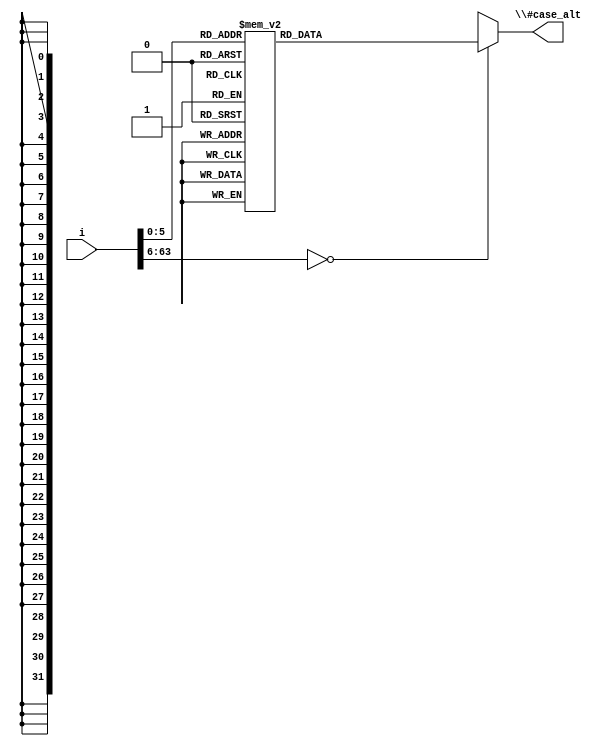
/* AUTOMATICALLY GENERATED VERILOG-2001 SOURCE CODE.
** GENERATED BY CLASH 0.99. DO NOT MODIFY.
*/
module Sha256_Component
    ( // Inputs
      input signed [63:0] i 


      // Outputs
    , output reg [31:0] \#case_alt  
    );
  wire signed [63:0] ds65;
  wire [31:0] \#case_alt_sel_alt_res ;
  wire [31:0] \#case_alt_sel_alt_res_0 ;
  wire [31:0] \#case_alt_sel_alt_res_1 ;
  wire [31:0] \#case_alt_sel_alt_res_2 ;
  wire [31:0] \#case_alt_sel_alt_res_3 ;
  wire [31:0] \#case_alt_sel_alt_res_4 ;
  wire [31:0] \#case_alt_sel_alt_res_5 ;
  wire [31:0] \#case_alt_sel_alt_res_6 ;
  wire [31:0] \#case_alt_sel_alt_res_7 ;
  wire [31:0] \#case_alt_sel_alt_res_8 ;
  wire [31:0] \#case_alt_sel_alt_res_9 ;
  wire [31:0] \#case_alt_sel_alt_res_10 ;
  wire [31:0] \#case_alt_sel_alt_res_11 ;
  wire [31:0] \#case_alt_sel_alt_res_12 ;
  wire [31:0] \#case_alt_sel_alt_res_13 ;
  wire [31:0] \#case_alt_sel_alt_res_14 ;
  wire [31:0] \#case_alt_sel_alt_res_15 ;
  wire [31:0] \#case_alt_sel_alt_res_16 ;
  wire [31:0] \#case_alt_sel_alt_res_17 ;
  wire [31:0] \#case_alt_sel_alt_res_18 ;
  wire [31:0] \#case_alt_sel_alt_res_19 ;
  wire [31:0] \#case_alt_sel_alt_res_20 ;
  wire [31:0] \#case_alt_sel_alt_res_21 ;
  wire [31:0] \#case_alt_sel_alt_res_22 ;
  wire [31:0] \#case_alt_sel_alt_res_23 ;
  wire [31:0] \#case_alt_sel_alt_res_24 ;
  wire [31:0] \#case_alt_sel_alt_res_25 ;
  wire [31:0] \#case_alt_sel_alt_res_26 ;
  wire [31:0] \#case_alt_sel_alt_res_27 ;
  wire [31:0] \#case_alt_sel_alt_res_28 ;
  wire [31:0] \#case_alt_sel_alt_res_29 ;
  wire [31:0] \#case_alt_sel_alt_res_30 ;
  wire [31:0] \#case_alt_sel_alt_res_31 ;
  wire [31:0] \#case_alt_sel_alt_res_32 ;
  wire [31:0] \#case_alt_sel_alt_res_33 ;
  wire [31:0] \#case_alt_sel_alt_res_34 ;
  wire [31:0] \#case_alt_sel_alt_res_35 ;
  wire [31:0] \#case_alt_sel_alt_res_36 ;
  wire [31:0] \#case_alt_sel_alt_res_37 ;
  wire [31:0] \#case_alt_sel_alt_res_38 ;
  wire [31:0] \#case_alt_sel_alt_res_39 ;
  wire [31:0] \#case_alt_sel_alt_res_40 ;
  wire [31:0] \#case_alt_sel_alt_res_41 ;
  wire [31:0] \#case_alt_sel_alt_res_42 ;
  wire [31:0] \#case_alt_sel_alt_res_43 ;
  wire [31:0] \#case_alt_sel_alt_res_44 ;
  wire [31:0] \#case_alt_sel_alt_res_45 ;
  wire [31:0] \#case_alt_sel_alt_res_46 ;
  wire [31:0] \#case_alt_sel_alt_res_47 ;
  wire [31:0] \#case_alt_sel_alt_res_48 ;
  wire [31:0] \#case_alt_sel_alt_res_49 ;
  wire [31:0] \#case_alt_sel_alt_res_50 ;
  wire [31:0] \#case_alt_sel_alt_res_51 ;
  wire [31:0] \#case_alt_sel_alt_res_52 ;
  wire [31:0] \#case_alt_sel_alt_res_53 ;
  wire [31:0] \#case_alt_sel_alt_res_54 ;
  wire [31:0] \#case_alt_sel_alt_res_55 ;
  wire [31:0] \#case_alt_sel_alt_res_56 ;
  wire [31:0] \#case_alt_sel_alt_res_57 ;
  wire [31:0] \#case_alt_sel_alt_res_58 ;
  wire [31:0] \#case_alt_sel_alt_res_59 ;
  wire [31:0] \#case_alt_sel_alt_res_60 ;
  wire [31:0] \#case_alt_sel_alt_res_61 ;
  wire [31:0] \#case_alt_sel_alt_res_62 ;

  assign \#case_alt_sel_alt_res  = $unsigned(64'd1116352408);

  assign \#case_alt_sel_alt_res_0  = $unsigned(64'd1899447441);

  assign \#case_alt_sel_alt_res_1  = $unsigned(64'd3049323471);

  assign \#case_alt_sel_alt_res_2  = $unsigned(64'd3921009573);

  assign \#case_alt_sel_alt_res_3  = $unsigned(64'd961987163);

  assign \#case_alt_sel_alt_res_4  = $unsigned(64'd1508970993);

  assign \#case_alt_sel_alt_res_5  = $unsigned(64'd2453635748);

  assign \#case_alt_sel_alt_res_6  = $unsigned(64'd2870763221);

  assign \#case_alt_sel_alt_res_7  = $unsigned(64'd3624381080);

  assign \#case_alt_sel_alt_res_8  = $unsigned(64'd310598401);

  assign \#case_alt_sel_alt_res_9  = $unsigned(64'd607225278);

  assign \#case_alt_sel_alt_res_10  = $unsigned(64'd1426881987);

  assign \#case_alt_sel_alt_res_11  = $unsigned(64'd1925078388);

  assign \#case_alt_sel_alt_res_12  = $unsigned(64'd2162078206);

  assign \#case_alt_sel_alt_res_13  = $unsigned(64'd2614888103);

  assign \#case_alt_sel_alt_res_14  = $unsigned(64'd3248222580);

  assign \#case_alt_sel_alt_res_15  = $unsigned(64'd3835390401);

  assign \#case_alt_sel_alt_res_16  = $unsigned(64'd4022224774);

  assign \#case_alt_sel_alt_res_17  = $unsigned(64'd264347078);

  assign \#case_alt_sel_alt_res_18  = $unsigned(64'd604807628);

  assign \#case_alt_sel_alt_res_19  = $unsigned(64'd770255983);

  assign \#case_alt_sel_alt_res_20  = $unsigned(64'd1249150122);

  assign \#case_alt_sel_alt_res_21  = $unsigned(64'd1555081692);

  assign \#case_alt_sel_alt_res_22  = $unsigned(64'd1996064986);

  assign \#case_alt_sel_alt_res_23  = $unsigned(64'd2554220882);

  assign \#case_alt_sel_alt_res_24  = $unsigned(64'd2821834349);

  assign \#case_alt_sel_alt_res_25  = $unsigned(64'd2952996808);

  assign \#case_alt_sel_alt_res_26  = $unsigned(64'd3210313671);

  assign \#case_alt_sel_alt_res_27  = $unsigned(64'd3336571891);

  assign \#case_alt_sel_alt_res_28  = $unsigned(64'd3584528711);

  assign \#case_alt_sel_alt_res_29  = $unsigned(64'd113926993);

  assign \#case_alt_sel_alt_res_30  = $unsigned(64'd338241895);

  assign \#case_alt_sel_alt_res_31  = $unsigned(64'd666307205);

  assign \#case_alt_sel_alt_res_32  = $unsigned(64'd773529912);

  assign \#case_alt_sel_alt_res_33  = $unsigned(64'd1294757372);

  assign \#case_alt_sel_alt_res_34  = $unsigned(64'd1396182291);

  assign \#case_alt_sel_alt_res_35  = $unsigned(64'd1695183700);

  assign \#case_alt_sel_alt_res_36  = $unsigned(64'd1986661051);

  assign \#case_alt_sel_alt_res_37  = $unsigned(64'd2177026350);

  assign \#case_alt_sel_alt_res_38  = $unsigned(64'd2456956037);

  assign \#case_alt_sel_alt_res_39  = $unsigned(64'd2730485921);

  assign \#case_alt_sel_alt_res_40  = $unsigned(64'd2820302411);

  assign \#case_alt_sel_alt_res_41  = $unsigned(64'd3259730800);

  assign \#case_alt_sel_alt_res_42  = $unsigned(64'd3345764771);

  assign \#case_alt_sel_alt_res_43  = $unsigned(64'd3516065817);

  assign \#case_alt_sel_alt_res_44  = $unsigned(64'd3600352804);

  assign \#case_alt_sel_alt_res_45  = $unsigned(64'd4094571909);

  assign \#case_alt_sel_alt_res_46  = $unsigned(64'd275423344);

  assign \#case_alt_sel_alt_res_47  = $unsigned(64'd430227734);

  assign \#case_alt_sel_alt_res_48  = $unsigned(64'd506948616);

  assign \#case_alt_sel_alt_res_49  = $unsigned(64'd659060556);

  assign \#case_alt_sel_alt_res_50  = $unsigned(64'd883997877);

  assign \#case_alt_sel_alt_res_51  = $unsigned(64'd958139571);

  assign \#case_alt_sel_alt_res_52  = $unsigned(64'd1322822218);

  assign \#case_alt_sel_alt_res_53  = $unsigned(64'd1537002063);

  assign \#case_alt_sel_alt_res_54  = $unsigned(64'd1747873779);

  assign \#case_alt_sel_alt_res_55  = $unsigned(64'd1955562222);

  assign \#case_alt_sel_alt_res_56  = $unsigned(64'd2024104815);

  assign \#case_alt_sel_alt_res_57  = $unsigned(64'd2227730452);

  assign \#case_alt_sel_alt_res_58  = $unsigned(64'd2361852424);

  assign \#case_alt_sel_alt_res_59  = $unsigned(64'd2428436474);

  assign \#case_alt_sel_alt_res_60  = $unsigned(64'd2756734187);

  assign \#case_alt_sel_alt_res_61  = $unsigned(64'd3204031479);

  assign \#case_alt_sel_alt_res_62  = $unsigned(64'd3329325298);

  always @(*) begin
    case(ds65)
      64'sd0 : \#case_alt  = \#case_alt_sel_alt_res ;
      64'sd1 : \#case_alt  = \#case_alt_sel_alt_res_0 ;
      64'sd2 : \#case_alt  = \#case_alt_sel_alt_res_1 ;
      64'sd3 : \#case_alt  = \#case_alt_sel_alt_res_2 ;
      64'sd4 : \#case_alt  = \#case_alt_sel_alt_res_3 ;
      64'sd5 : \#case_alt  = \#case_alt_sel_alt_res_4 ;
      64'sd6 : \#case_alt  = \#case_alt_sel_alt_res_5 ;
      64'sd7 : \#case_alt  = \#case_alt_sel_alt_res_6 ;
      64'sd8 : \#case_alt  = \#case_alt_sel_alt_res_7 ;
      64'sd9 : \#case_alt  = \#case_alt_sel_alt_res_8 ;
      64'sd10 : \#case_alt  = \#case_alt_sel_alt_res_9 ;
      64'sd11 : \#case_alt  = \#case_alt_sel_alt_res_10 ;
      64'sd12 : \#case_alt  = \#case_alt_sel_alt_res_11 ;
      64'sd13 : \#case_alt  = \#case_alt_sel_alt_res_12 ;
      64'sd14 : \#case_alt  = \#case_alt_sel_alt_res_13 ;
      64'sd15 : \#case_alt  = \#case_alt_sel_alt_res_14 ;
      64'sd16 : \#case_alt  = \#case_alt_sel_alt_res_15 ;
      64'sd17 : \#case_alt  = \#case_alt_sel_alt_res_16 ;
      64'sd18 : \#case_alt  = \#case_alt_sel_alt_res_17 ;
      64'sd19 : \#case_alt  = \#case_alt_sel_alt_res_18 ;
      64'sd20 : \#case_alt  = \#case_alt_sel_alt_res_19 ;
      64'sd21 : \#case_alt  = \#case_alt_sel_alt_res_20 ;
      64'sd22 : \#case_alt  = \#case_alt_sel_alt_res_21 ;
      64'sd23 : \#case_alt  = \#case_alt_sel_alt_res_22 ;
      64'sd24 : \#case_alt  = \#case_alt_sel_alt_res_23 ;
      64'sd25 : \#case_alt  = \#case_alt_sel_alt_res_24 ;
      64'sd26 : \#case_alt  = \#case_alt_sel_alt_res_25 ;
      64'sd27 : \#case_alt  = \#case_alt_sel_alt_res_26 ;
      64'sd28 : \#case_alt  = \#case_alt_sel_alt_res_27 ;
      64'sd29 : \#case_alt  = \#case_alt_sel_alt_res_28 ;
      64'sd30 : \#case_alt  = \#case_alt_sel_alt_res_29 ;
      64'sd31 : \#case_alt  = \#case_alt_sel_alt_res_30 ;
      64'sd32 : \#case_alt  = \#case_alt_sel_alt_res_31 ;
      64'sd33 : \#case_alt  = \#case_alt_sel_alt_res_32 ;
      64'sd34 : \#case_alt  = \#case_alt_sel_alt_res_33 ;
      64'sd35 : \#case_alt  = \#case_alt_sel_alt_res_34 ;
      64'sd36 : \#case_alt  = \#case_alt_sel_alt_res_35 ;
      64'sd37 : \#case_alt  = \#case_alt_sel_alt_res_36 ;
      64'sd38 : \#case_alt  = \#case_alt_sel_alt_res_37 ;
      64'sd39 : \#case_alt  = \#case_alt_sel_alt_res_38 ;
      64'sd40 : \#case_alt  = \#case_alt_sel_alt_res_39 ;
      64'sd41 : \#case_alt  = \#case_alt_sel_alt_res_40 ;
      64'sd42 : \#case_alt  = \#case_alt_sel_alt_res_41 ;
      64'sd43 : \#case_alt  = \#case_alt_sel_alt_res_42 ;
      64'sd44 : \#case_alt  = \#case_alt_sel_alt_res_43 ;
      64'sd45 : \#case_alt  = \#case_alt_sel_alt_res_44 ;
      64'sd46 : \#case_alt  = \#case_alt_sel_alt_res_45 ;
      64'sd47 : \#case_alt  = \#case_alt_sel_alt_res_46 ;
      64'sd48 : \#case_alt  = \#case_alt_sel_alt_res_47 ;
      64'sd49 : \#case_alt  = \#case_alt_sel_alt_res_48 ;
      64'sd50 : \#case_alt  = \#case_alt_sel_alt_res_49 ;
      64'sd51 : \#case_alt  = \#case_alt_sel_alt_res_50 ;
      64'sd52 : \#case_alt  = \#case_alt_sel_alt_res_51 ;
      64'sd53 : \#case_alt  = \#case_alt_sel_alt_res_52 ;
      64'sd54 : \#case_alt  = \#case_alt_sel_alt_res_53 ;
      64'sd55 : \#case_alt  = \#case_alt_sel_alt_res_54 ;
      64'sd56 : \#case_alt  = \#case_alt_sel_alt_res_55 ;
      64'sd57 : \#case_alt  = \#case_alt_sel_alt_res_56 ;
      64'sd58 : \#case_alt  = \#case_alt_sel_alt_res_57 ;
      64'sd59 : \#case_alt  = \#case_alt_sel_alt_res_58 ;
      64'sd60 : \#case_alt  = \#case_alt_sel_alt_res_59 ;
      64'sd61 : \#case_alt  = \#case_alt_sel_alt_res_60 ;
      64'sd62 : \#case_alt  = \#case_alt_sel_alt_res_61 ;
      64'sd63 : \#case_alt  = \#case_alt_sel_alt_res_62 ;
      default : \#case_alt  = {32 {1'bx}};
    endcase
  end

  assign ds65 = i;
endmodule